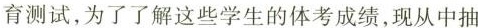
育测试，为了了解这些学生的体考成绩，现从中抽